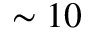
\sim 1 0